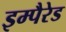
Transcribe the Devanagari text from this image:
इम्पैरेड